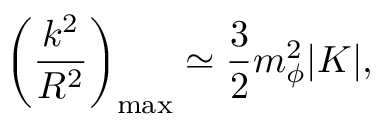
\left( \frac { k ^ { 2 } } { R ^ { 2 } } \right) _ { \mathrm { { m a x } } } \simeq \frac { 3 } { 2 } m _ { \phi } ^ { 2 } | K | ,